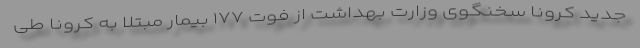
جدید کرونا سخنگوی وزارت بهداشت از فوت ۱۷۷ بیمار مبتلا به کرونا طی